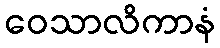
ဝေသာလိကာနံ